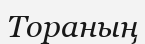
Тораның